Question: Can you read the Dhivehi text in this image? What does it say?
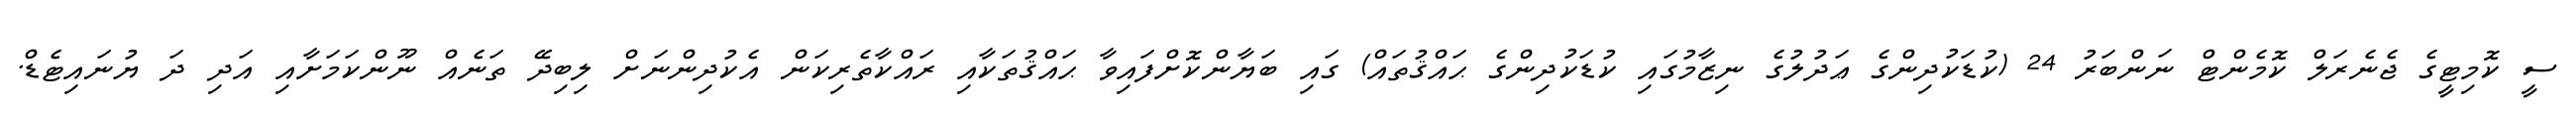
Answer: ސީ ކޮމިޓީގެ ޖެނެރަލް ކޮމެންޓް ނަންބަރު 24 (ކުޑަކުދިންގެ ޢަދުލުގެ ނިޒާމުގައި ކުޑަކުދިންގެ ޙައްޤުތައް) ގައި ބަޔާންކޮށްފައިވާ ޙައްޤުތަކާއި ރައްކާތެރިކަން އެކުދިންނަށް ލިބިދޭ ތަނެއް ނޫންކަމަށާއި އަދި ދަ ޔުނައިޓެޑް.